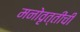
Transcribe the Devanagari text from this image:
मनोवृत्तीची